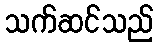
သက်ဆင်သည်